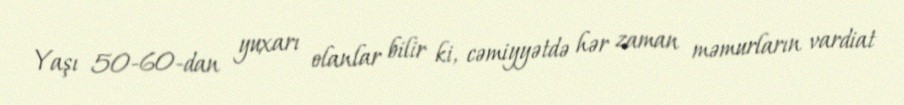
Yaşı 50-60-dan yuxarı olanlar bilir ki, cəmiyyətdə hər zaman məmurların vardiat